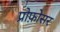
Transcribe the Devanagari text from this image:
प्रोफ़ोसर